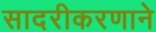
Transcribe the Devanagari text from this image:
सादरीकरणाने